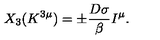
X _ { 3 } ( K ^ { 3 \mu } ) = \pm \frac { D \sigma } { \beta } I ^ { \mu } .